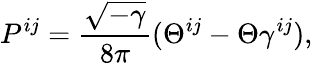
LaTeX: P^{ij}=\frac{\sqrt{-\gamma}}{8\pi}(\Theta^{ij}-\Theta\gamma^{ij}),